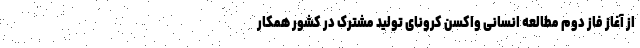
از آغاز فاز دوم مطالعه انسانی واکسن کرونای تولید مشترک در کشور همکار